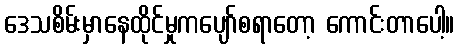
ဒေသစိမ်းမှာနေထိုင်မှုကပျော်စရာတော့ ကောင်းတာပေါ့။